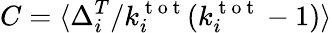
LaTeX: C=\langle\Delta_{i}^{T}/k_{i}^{\mathrm{~t~o~t~}}(k_{i}^{\mathrm{~t~o~t~}}-1)\rangle